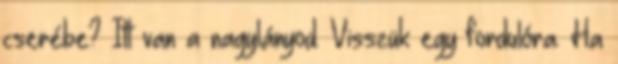
cserébe? Itt van a nagylányod. Visszük egy fordulóra. Ha